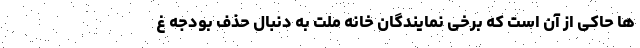
ها حاکی از آن است که برخی نمایندگان خانه ملت به دنبال حذف بودجه غ